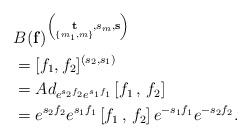
LaTeX: \begin{align*} &B ({\bf f})^{\left(\underset{{{\{m_1,m\}}}}{\bf t}{{, s_m}}, {\bf s}\right)}\\&= [f_1, f_2]^{( {{s_2}},s_1)}\\&= \displaystyle Ad_{e^{{{s_2}} f_2}e^{s_1f_1}} \left[f_1\,,\,f_2 \right]\\&= e^{{{s_2}} f_2}e^{s_1f_1} \left[f_1\,,\,f_2 \right]e^{-s_1f_1}e^{-{{s_2}} f_2}{{.}}\end{align*}